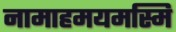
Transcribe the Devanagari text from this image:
नामाहमयमस्मि